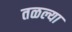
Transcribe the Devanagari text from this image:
तळल्या